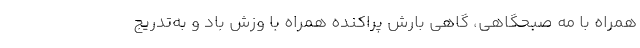
همراه با مه صبحگاهی، گاهی بارش پراکنده همراه با وزش باد و به‌تدریج